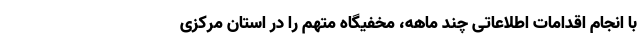
با انجام اقدامات اطلاعاتی چند ماهه، مخفیگاه متهم را در استان مرکزی